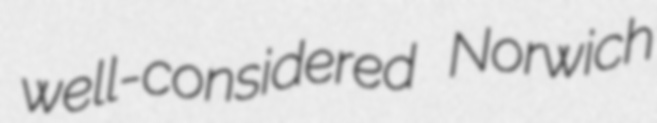
well-considered Norwich